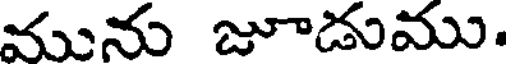
మును జూడుము.